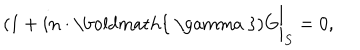
( 1 + i { \bf n } \cdot \mathrm { \boldmath { ~ \ g a m m a ~ } } ) G \bigg | _ { S } = 0 ,